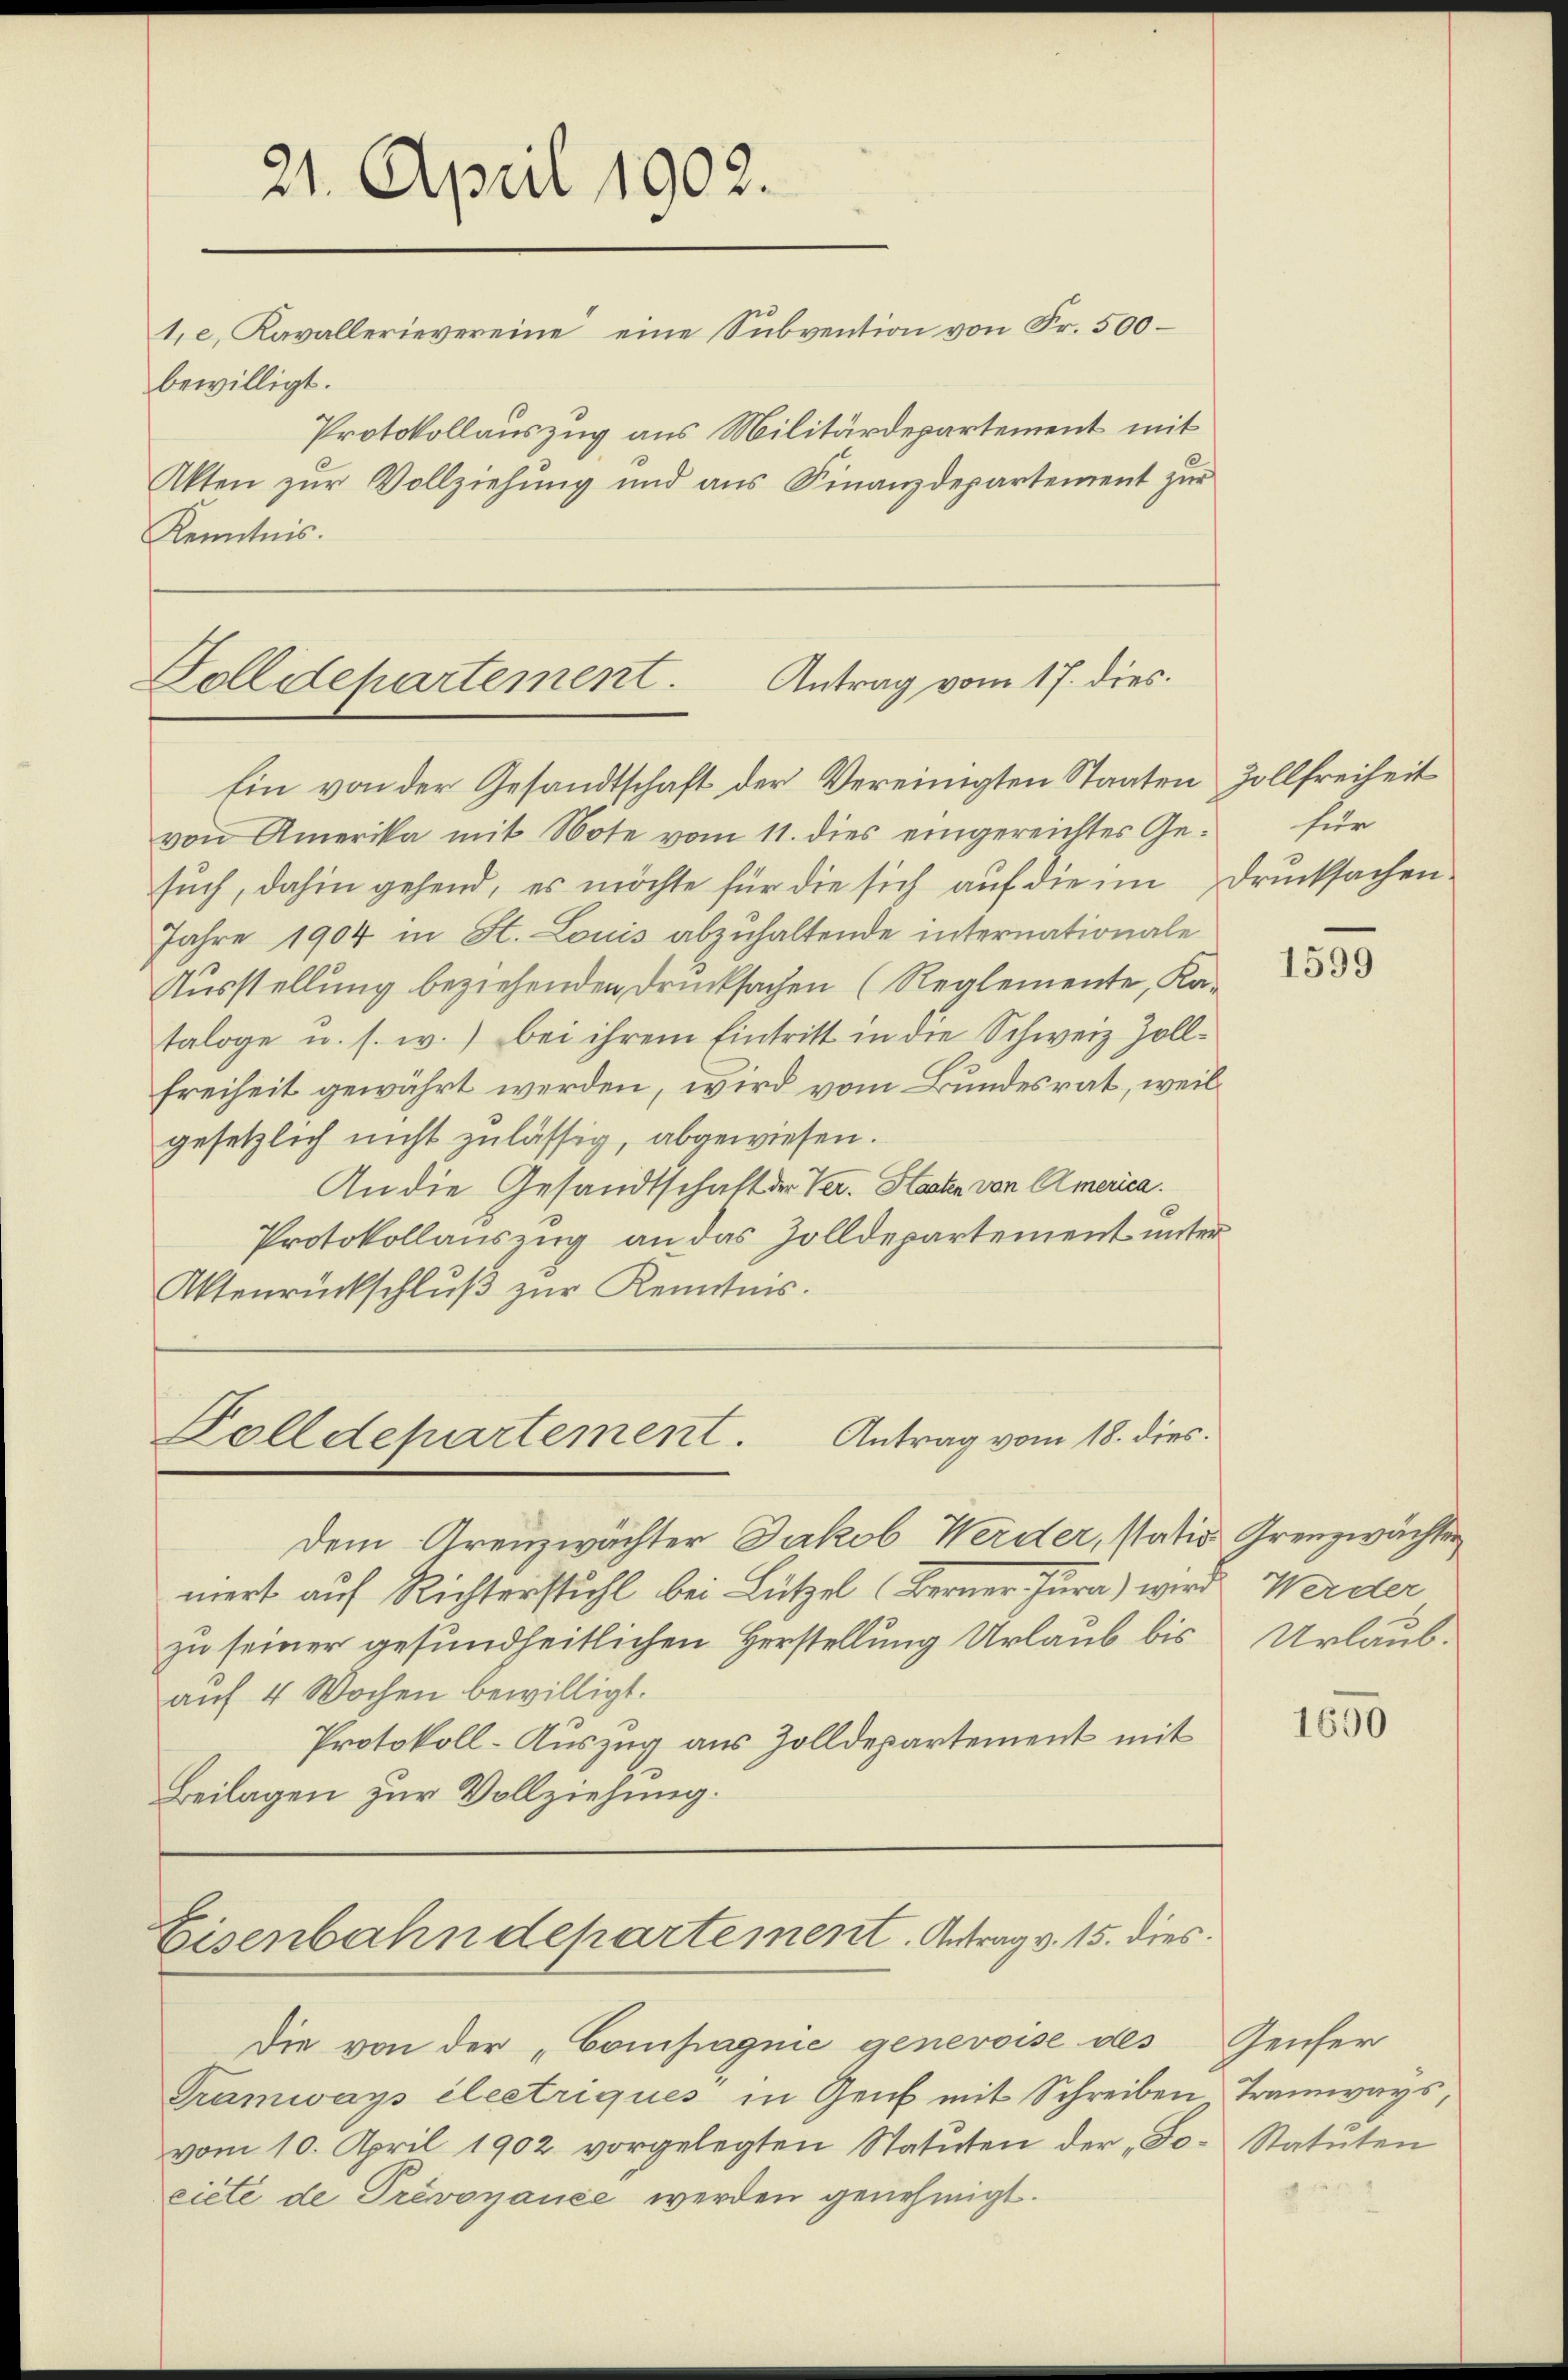
21. April 1902.
te, Kavallerievereine eine Subvention von Fr. 500 –
bewilligt.
Protokollauszug aus Militärdepartement mit
Akten zur Vollziehung und aus Finanzdepartement zur
Kenntnis.

Antrag vom 17. dies.
Dolldepartement.

Ein von der Gesandtschaft der Vereinigten Staaten Zollfreiheit
von Amerika mit Note vom 11. dies eingereichtes Gesuch, dahin gehend, es möchte für die sich auf die im Drucksachen
Jahre 1904 in St. Louis abzuhaltende internationale
Ausstellung beziehenden Drucksachen (Reglemente, Kataloge u. s. w.) bei ihrem Eintritt in die Schweiz Zollfreiheit gewährt werden, wird vom Bundesrat, weil
gesetzlich nicht zulässig, abgewiesen.
An die Gesandtschaft der Ver. Staaten von America.
Protokollauszug an das Zolldepartement unter
Aktenrückschlŭβ zŭr Kenntnis.

Antrag vom 18. dies.
Dolldepartement.

Dem Grenzwächter Jakob Werder, statio Grenzwachter
niert auf Richterstuhl bei Lützel (Berner Jura) wird Werder
zu seiner gesundheitlichen Herstellung Urlaub bis Urlaubauf 4 Wochen bewilligt.
Protokoll-Auszug aus Zolldepartement mit
Beilagen zur Vollziehung.

Eisenbahndepartement. Antrag v. 15. dies

Die von der „Compagnie genevoise des
Tramways électriques in Genf mit Schreiben Tramways,
vom 10. April 1902 vorgelegten Statuten der „Jo- Statŭten
ciete de Prévoyance werden genehmigt.

für

1599

1650

Genfer